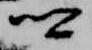
卿